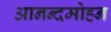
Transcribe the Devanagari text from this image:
आनन्दमोहन